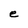
Character: e